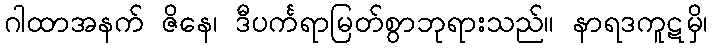
ဂါထာအနက် ဇိနေ၊ ဒီပင်္ကရာမြတ်စွာဘုရားသည်။ နာရဒကူဋမှိ၊